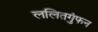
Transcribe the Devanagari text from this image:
ललितगुंफन